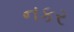
નકર